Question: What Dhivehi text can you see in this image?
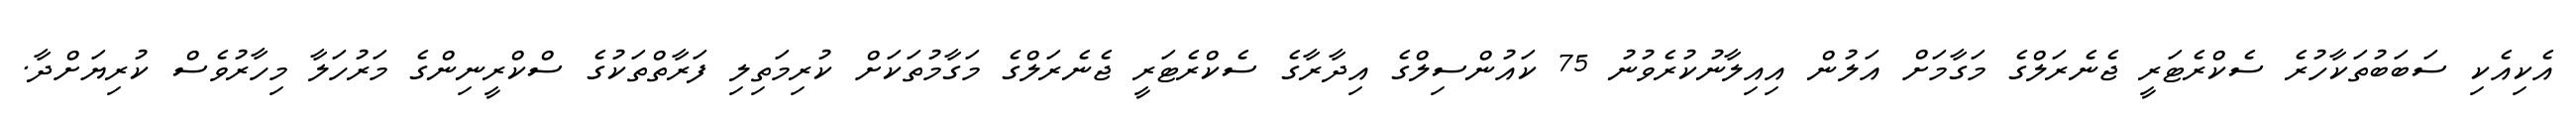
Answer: އެކިއެކި ސަބަބުތަކާހުރެ ސެކްރެޓަރީ ޖެނެރަލްގެ މަގާމަށް އަލުން އިއިލާނުކުރެވުނު 75 ކައުންސިލްގެ އިދާރާގެ ސެކްރެޓަރީ ޖެނެރަލްގެ މަގާމުތަކަށް ކުރިމަތިލި ފަރާތްތަކުގެ ސްކްރީނިންގެ މަރުހަލާ މިހާރުވެސް ކުރިޔަށްދާ.